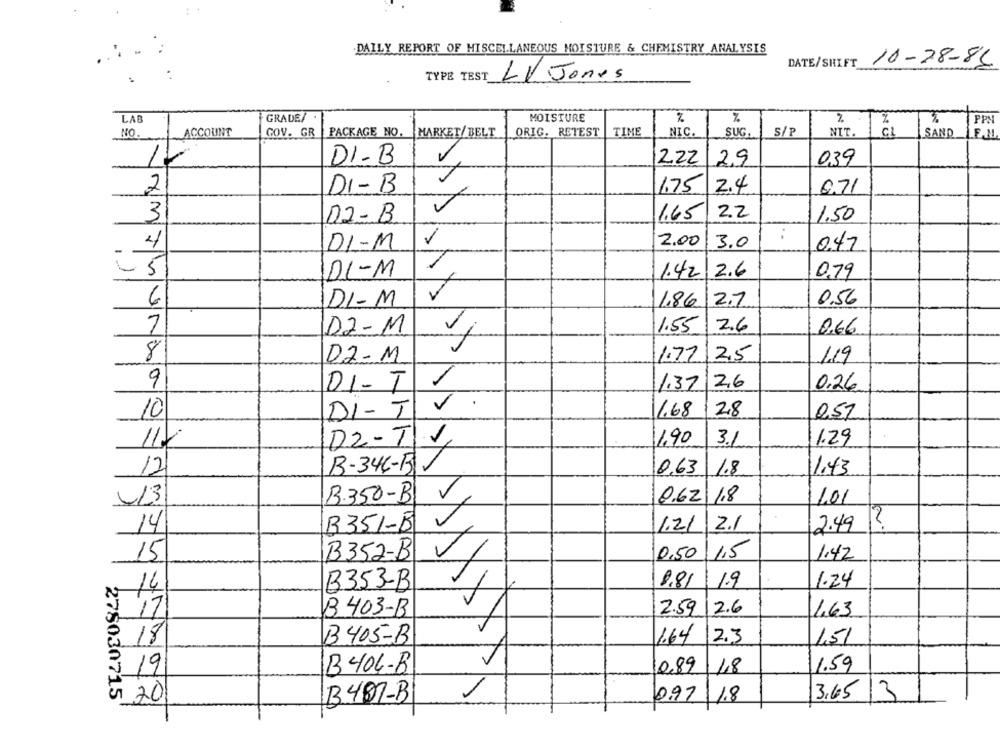
DAILY REPORT OF MISCELLANEOUS MOISTURE & CHEMISTRY ANALYSIS
10-28-81
DATE/SHIFT
TYPE TEST
LV Jones
LAB
GRADE/
MOISTURE
%
2
PPM
NO.
ACCOUNT
GOV. GR
PACKAGE NO.
MARKET/ BELT
ORIG. RETEST
TIME
NIC.
SUG,
5/P
NIT.
ING
SAND LF M
12
DI-B
222 29
039
2
0.71
DI-B
1.75 2.4
3
02-B
1.65
22
1.50
..
4
DI-M
2.00
3.0
0.47
- 5
DI-M
1.42
2.6
0.79
2.7
0.56
6
DI-M
1.86
7
D2-M
1.55
2.6
0,66
8
02-M
1.72
2,5
/19
9
DI-T
1.37
26
0,26
DI-T
2,8
10
11.68
0.51
11X
1.90
3.1
1.29
DZ-TV
12
B-346-BY
0,63
1.8
1.43
/3
B.350-B
0.62 18
1101
?
14
B351-B
1.21
2.1
2.49
15
B352-B
0,50
1.5
1.42
B353-B
8.81
1.9
1.24
14
B 403-B
2.59
2.6
1,63
17
1.64
2.3
18
B405-B
151
B 404-B
10,89
48
1.59
19
20
B407-B
3.65 3
278030715
0.97 1.8